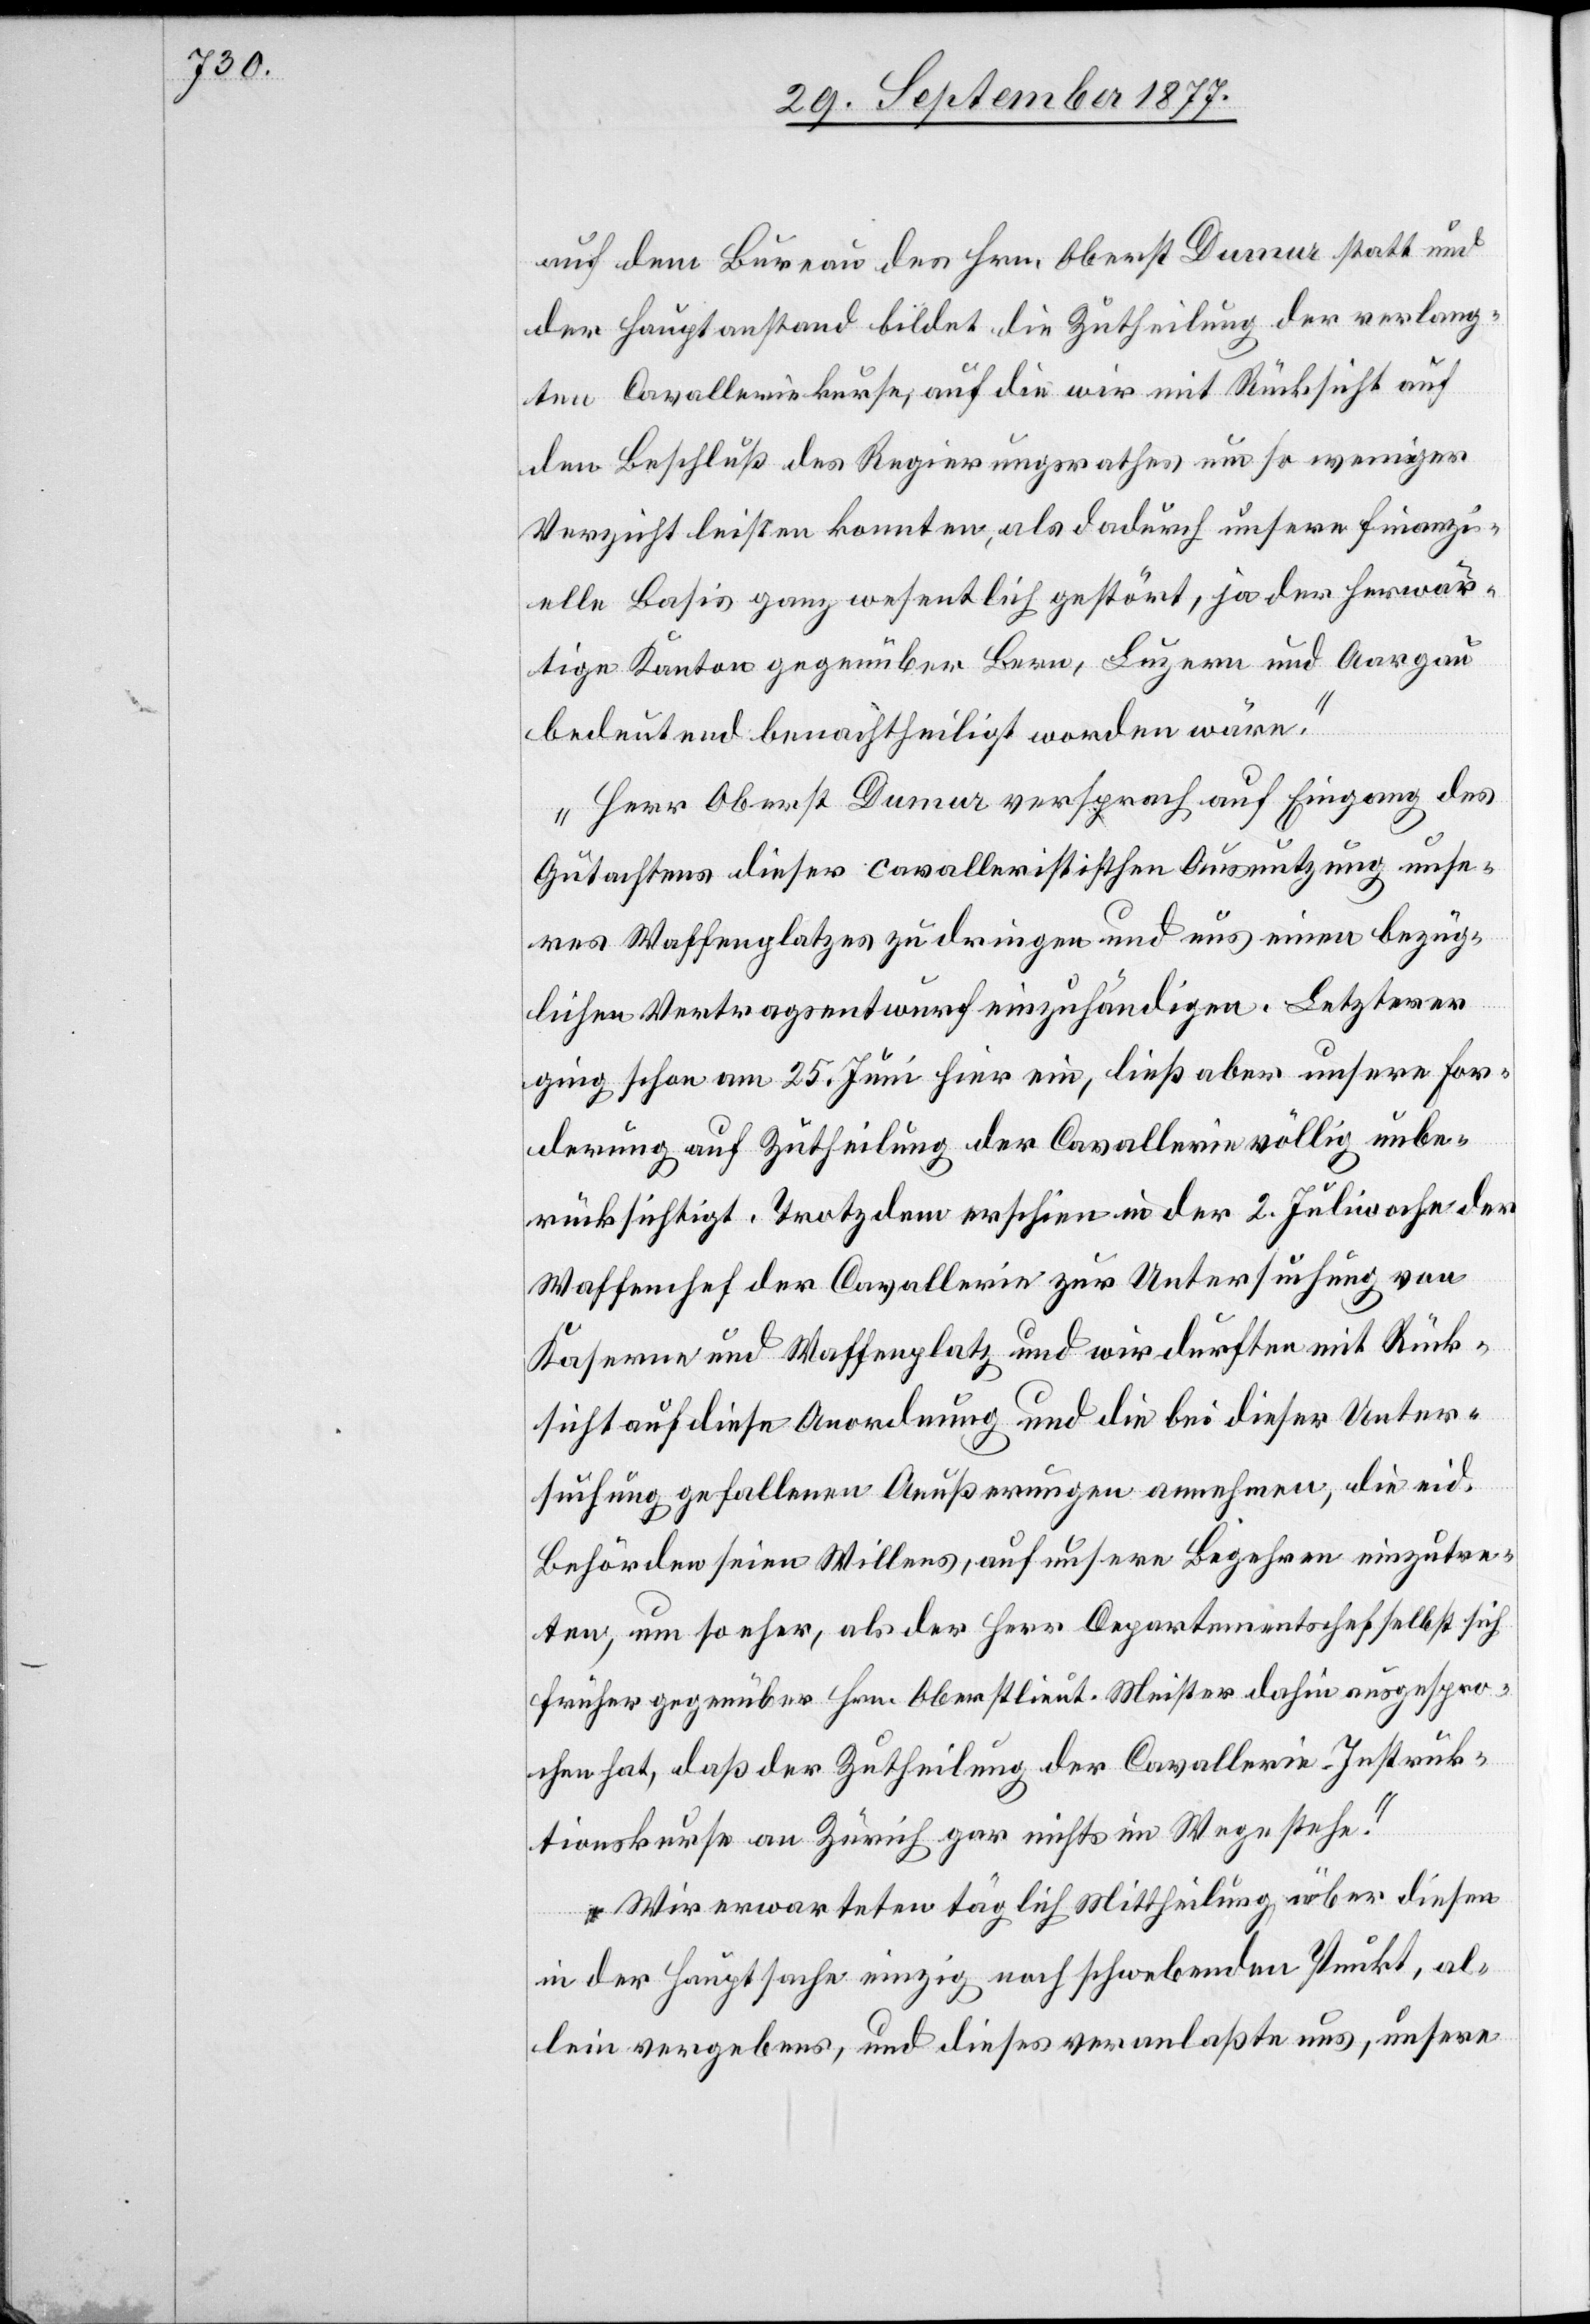
auf dem Bureau des Hrn. Oberst Dumur statt und
der Hauptanstand bildet die Zutheilung der verlang¬
ten Cavalleriekurse, auf die wir mit Rücksicht auf
den Beschluß des Regierungsrathes um so weniger
Verzicht leisten konnten, als dadurch unsere finanzi¬
elle Basis ganz wesentlich gestört, ja der herwär¬
tige Kanton gegenüber Bern, Luzern und Aargau
bedeutend benachtheiligt worden wäre.“
„Herr Oberst Dumur versprach auf Eingang des
Gutachtens dieser cavalleristischen Ausnutzung unse¬
res Waffenplatzes zu dringen und uns einen bezüg¬
lichen Vertragsentwurf einzuhändigen. Letzterer
ging schon am 25. Juni hier ein, ließ aber unsere For¬
derung auf Zutheilung der Cavallerie völlig unbe¬
rücksichtigt. Trotzdem erschien in der 2. Juliwoche der
Waffenchef der Cavallerie zur Untersuchung von
Kaserne und Waffenplatz und wir durften mit Rück¬
sicht auf diese Anordnung und die bei dieser Unter¬
suchung gefallenen Aeußerungen annehmen, die eid.
Behörden seien Willens, auf unsere Begehren einzutre¬
ten, um so eher, als der Herr Departementschef selbst sich
früher gegenüber Hrn. Oberstlieut. Meister dahin ausgespro¬
chen hat, daß der Zutheilung der Cavallerie-Instruk¬
tionskurse an Zürich gar nichts im Wege stehe.“
„Wir erwarteten täglich Mittheilung über diesen
in der Hauptsache einzig noch schwebenden Punkt, al¬
lein vergebens, und dieses veranlaßte uns, unsere